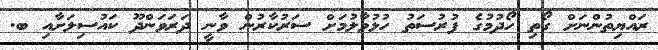
ރައްޔިތުންނަށް ގޯތި ހޯދުމުގެ ފުރުސަތު ހުޅުވާލުމަށް ސަރުކާރުން ވާނީ ދަރަވަންދޫ ކައުސިލަށާއި ބ.